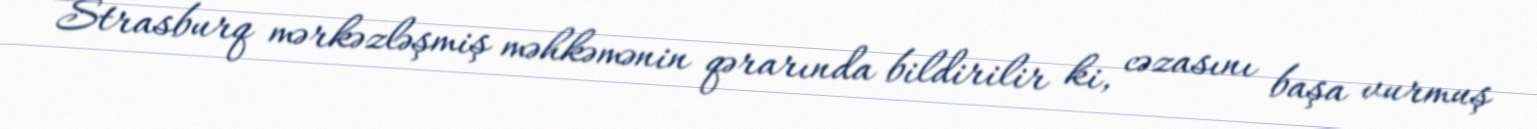
Strasburq mərkəzləşmiş məhkəmənin qərarında bildirilir ki, cəzasını başa vurmuş